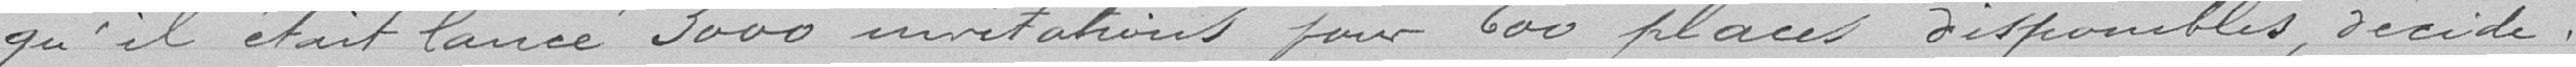
-qu'il était lancé 3 000 invitations pour 600 places disponibles, décide